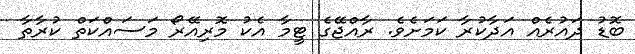
ބޮޑު ދައުރެއް އަދާކުރާ ކަމަށެވެ. ރާއްޖޭގެ ޓީމާ އެކު މޮރިއޭރޯ މަސައްކަތް ކުރާތާ